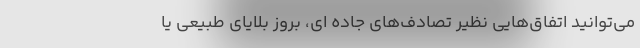
می‌توانید اتفاق‌هایی نظیر تصادف‌های جاده ای، بروز بلایای طبیعی یا